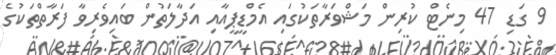
9 ގަޑި 47 މިނެޓް ކުރިން މަޝްވަރާތަކުގައި އެމްޑީޕީއާއި އަދާލަތުން ބައިވެރިވާ ފަރާތްތަކުގެ